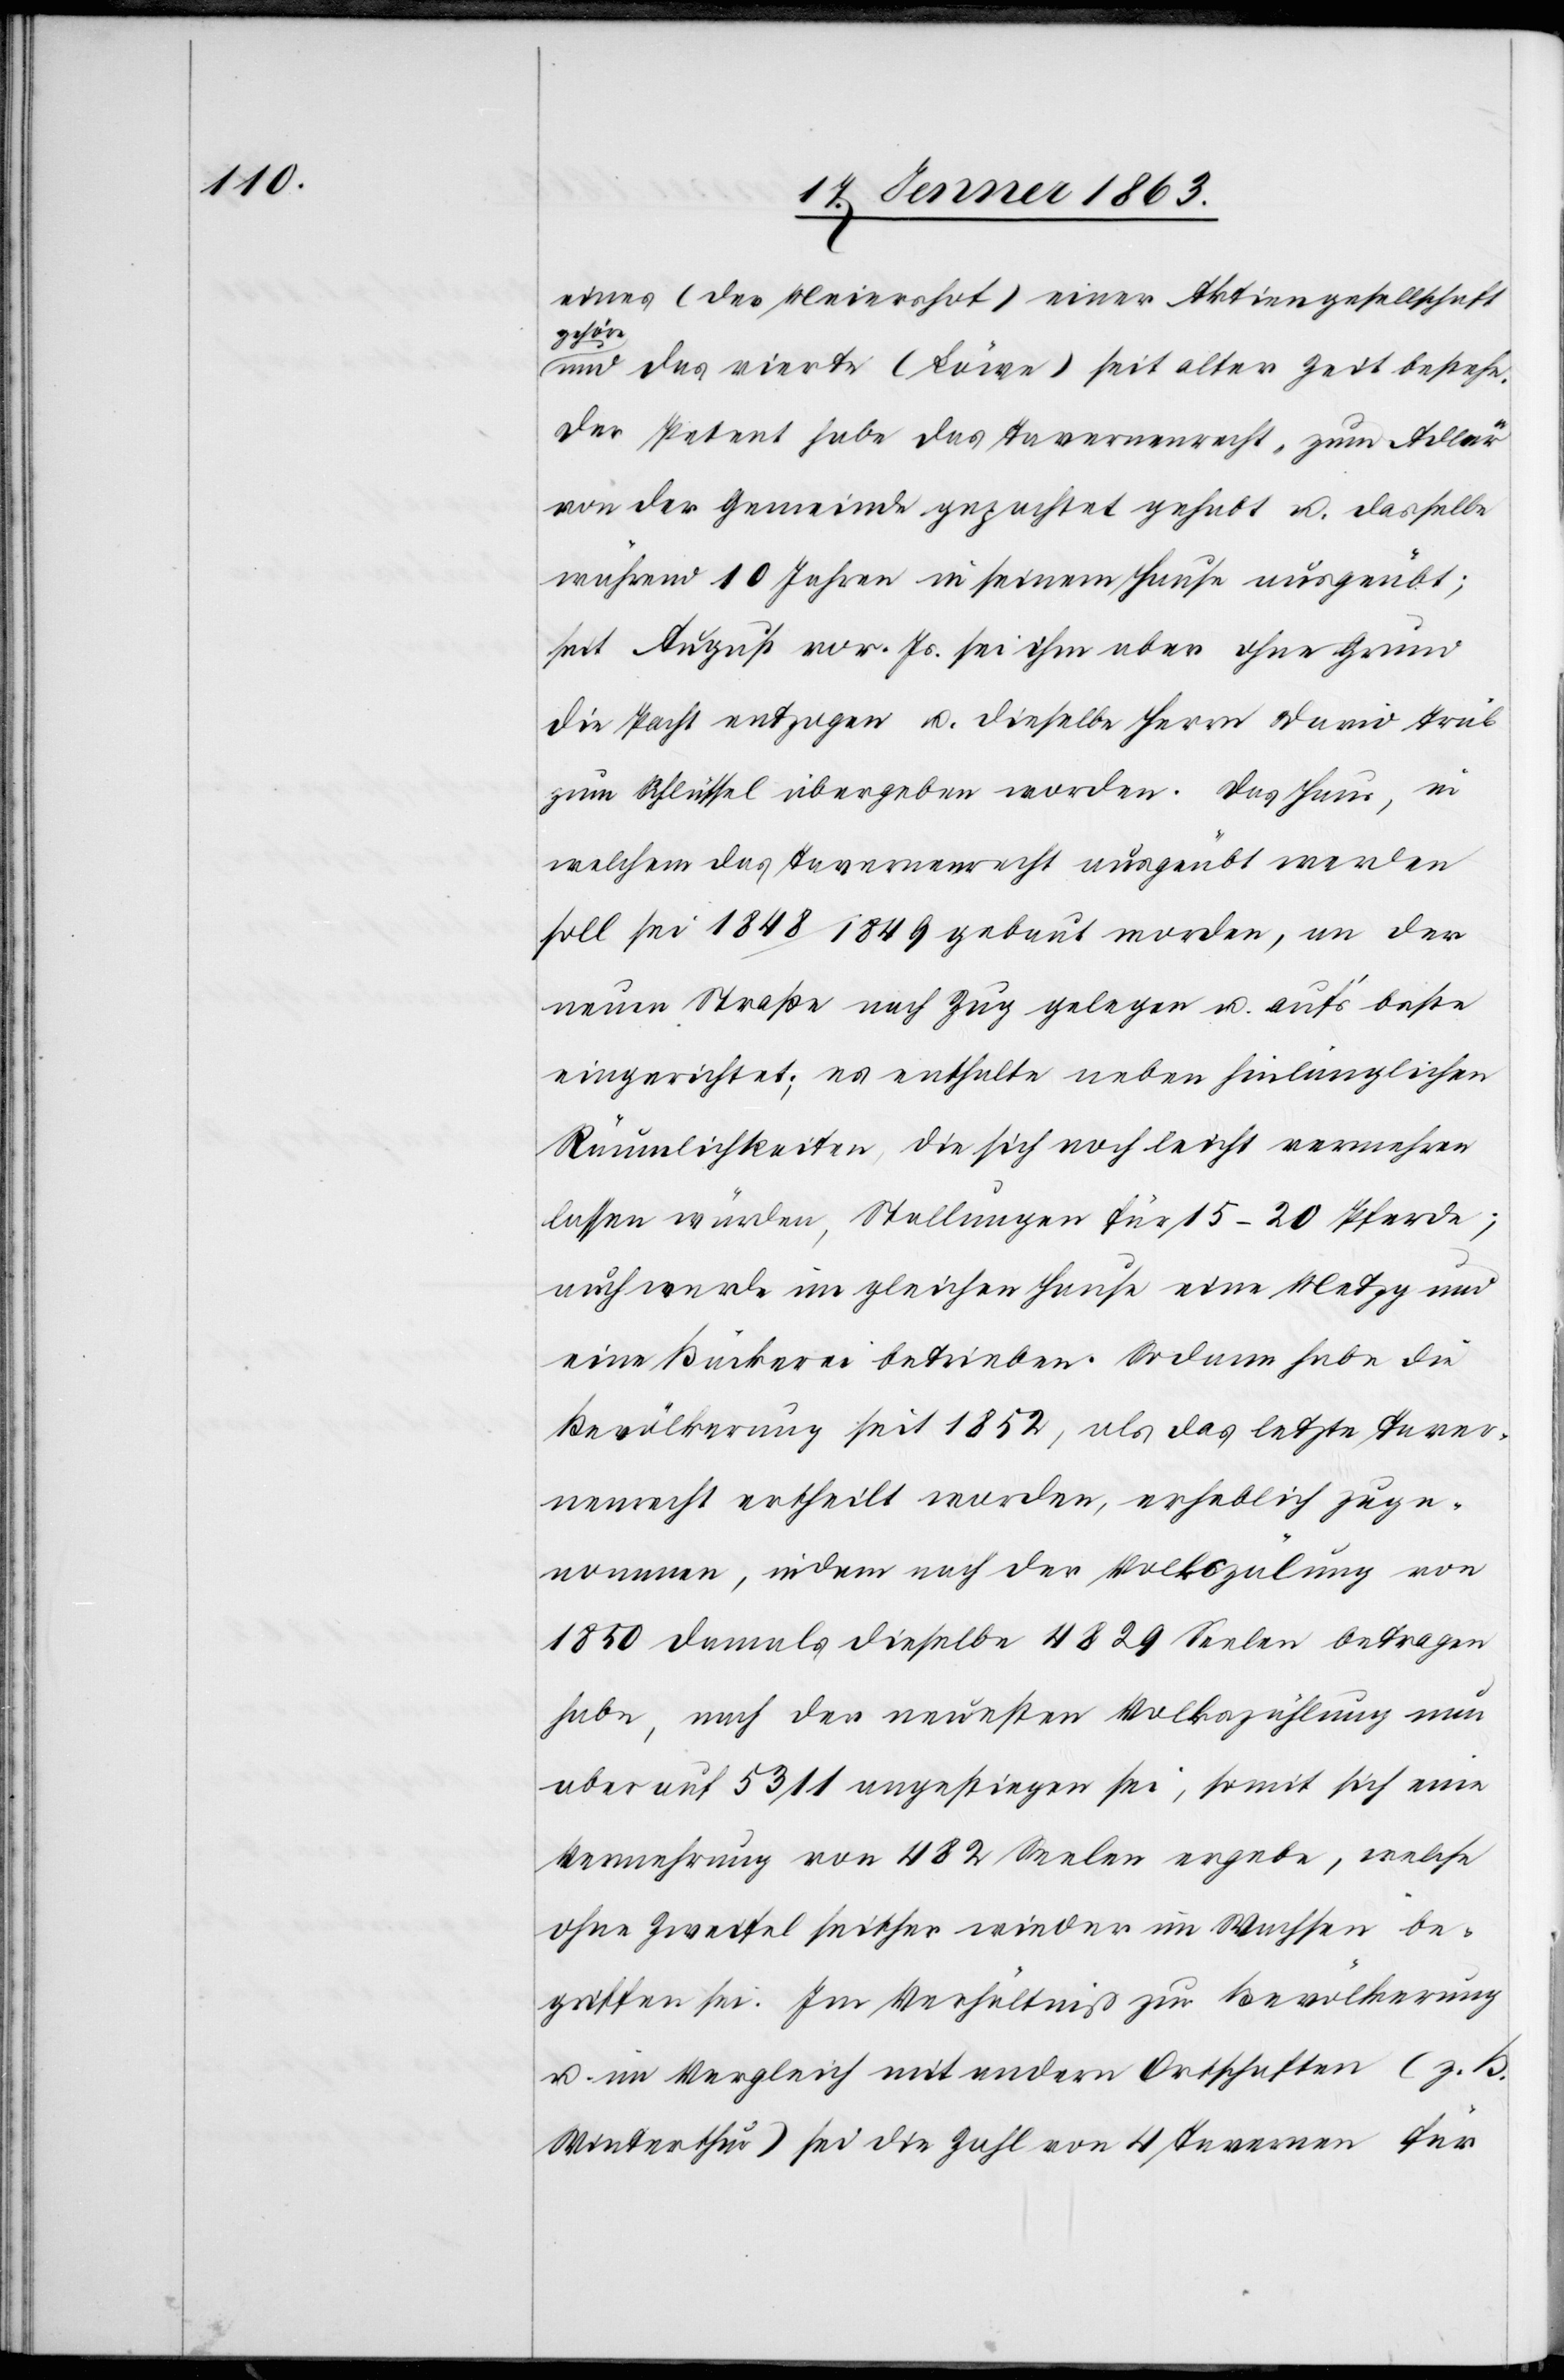
eines (der Meiershof) einer Aktiengesellschaft
gehöre
und das vierte (Löwe) seit alter Zeit bestehe.
Der Petent habe das Tavernenrecht „zum Adler“
von der Gemeinde gepachtet gehabt u. dasselbe
während 10 Jahren in seinem Hause ausgeübt;
seit August vor. Js. sei ihm aber ohne Grund
die Pacht entzogen u. dieselbe Herrn David Trüb
zum Schlüssel übergeben worden. Das Haus, in
welchem das Tavernenrecht ausgeübt werden
soll sei 1848/1849 gebaut worden, an der
neuen Straße nach Zug gelegen u. auf's beste
eingerichtet; es enthalte neben hinlänglichen
Räumlichkeiten, die sich noch leicht vermehren
lassen würden, Stallungen für 15–20 Pferde;
auch werde im gleichen Hause eine Metzg und
eine Bäckerei betrieben. Sodann habe die
Bevölkerung seit 1852, als das letzte Taver¬
nenrecht ertheilt worden, erheblich zuge¬
nommen, indem nach der Volkszälung [sic!] von
1850 damals dieselbe 4829 Seelen betragen
habe, nach der neuesten Volkszählung nun
aber auf 5311 angestiegen sei, somit sich eine
Vermehrung von 482 Seelen ergebe, welche
ohne Zweifel seither wieder im Wachsen be¬
griffen sei. Im Verhältniß zur Bevölkerung
u. im Vergleich mit andern Ortschaften (z. B.
Winterthur) sei die Zahl von 4 Tavernen für